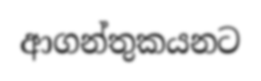
ආගන්තුකයනට